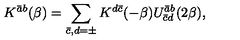
K ^ { \bar { a } b } ( \beta ) = \sum _ { \bar { c } , d = \pm } K ^ { d \bar { c } } ( - \beta ) U _ { \bar { c } d } ^ { \bar { a } b } ( 2 \beta ) ,